Vaccine operations Central Provinces 1868-1885 - 1868-1885
Year: 1868
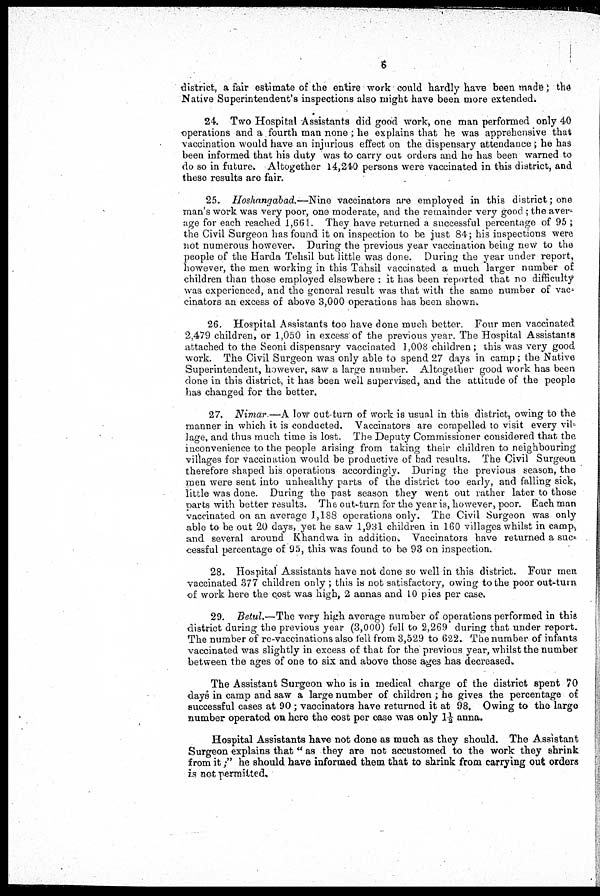
6
district, a fair estimate of the entire work could hardly have been made; the
Native Superintendent's inspections also might have been more extended.
24. Two Hospital -Assistants did good work, one man performed only 40
operations and a fourth man none ; he explains that he was apprehensive that
vaccination would have an injurious effect on the dispensary attendance ; he has
been informed that his duty was to carry out orders and he has been warned to
do so in future. Altogether 14,240 persons were vaccinated in this district, and
these results are fair.
25. Hoshangabad.—Nine vaccinators are employed in this district; one
man's work was very poor, one moderate, and the remainder very good ; the aver-
age for each reached 1,661. They have returned a successful percentage of 95 ;
the Civil Surgeon has found it on inspection to be just 84; his inspections were
not numerous however.. During the previous year vaccination being new to the
people of the Harda Tehsil but little was done. During the year under report,
however, the men working in this Tahsil vaccinated a much larger number of
children than those employed elsewhere : it has been reported that no difficulty
was experienced, and the general result was that with the same number of vac-
cinators an excess of above 3,000 operations has been shown.
26. Hospital Assistants too have done much better. Four men vaccinated
2,479 children, or 1,050 in excess of the previous year. The Hospital Assistants
attached to the Seoni dispensary vaccinated 1,008 children; this was very good
work. The Civil Surgeon was only able to spend 27 days in camp; the Native
Superintendent, however, saw a large number. Altogether good work has been
done in this district, it has been well supervised, and the attitude of the people
has changed for the better.
27. Nimar —A low out-turn of work is usual in this district, owing to the
manner in which it is conducted. Vaccinators are compelled to visit every vil-
lage, and thus much time is lost. The Deputy Commissioner considered that the
inconvenience to the people arising from taking their children to neighbouring
villages for vaccination would be productive of bad results. The Civil Surgeon
therefore shaped his operations accordingly. During the previous season, the
men were sent into unhealthy parts of the district too early, and falling sick,
little was done. During the past season they went out rather later to those
parts with better results. The out-turn for the year is, however, poor. Each man
vaccinated on an average 1,188 operations only. The Civil Surgeon was only
able to be out 20 days, yet he saw 1,931 children in 160 villages whilst in camp,
and several around Khandwa in addition. Vaccinators have returned a suc¬
cessful percentage of 95, this was found to be 93 on inspection.
28. Hospital Assistants have not done so well in this district. Four men
vaccinated 377 children only ; this is not satisfactory, owing to the poor out-turn
of work here the cost was high, 2 annas and 10 pies per case.
29. Betul.—The very high average number of operations performed in this
district during the previous year (3,000) fell to 2,269 during that under report.
The number of re-vaccinations also fell from 3,529 to 622. The number of infants
vaccinated was slightly in excess of that for the previous year, whilst the number
between the ages of one to six and above those ages has decreased.
The Assistant Surgeon who is in medical charge of the district spent 70
days in camp and saw a large number of children ; he gives the percentage of
successful cases at 90 ; vaccinators have returned it at 98, Owing to the large
number operated on here the cost per case was only 1½ anna.
Hospital Assistants have not done as much as they should. The Assistant
Surgeon explains that" as they are not accustomed to the work they shrink
from it;" he should have informed them that to shrink from carrying out orders
is not permitted.